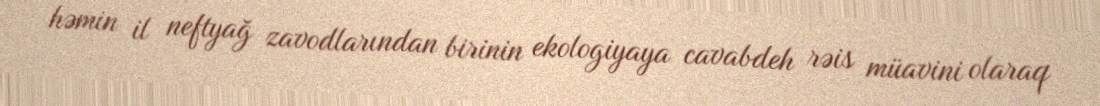
həmin il neftyağ zavodlarından birinin ekologiyaya cavabdeh rəis müavini olaraq